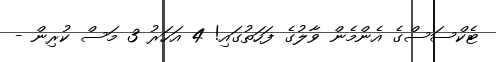
ޓެކްސަސްގެ އެންމެން ވާލުގެ ފަހަތުގައި! 4 އަހަރު 3 މަސް ކުރިން -